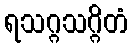
ရသဂ္ဂသဂ္ဂိတံ